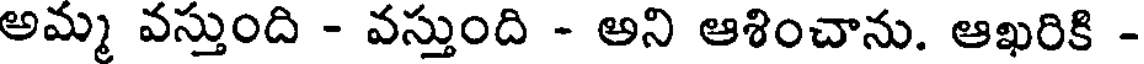
అమ్మ వస్తుంది - వస్తుంది - అని ఆశించాను. ఆఖరికి -